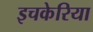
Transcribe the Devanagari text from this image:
इचकेरिया